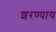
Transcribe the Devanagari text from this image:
शरण्याय